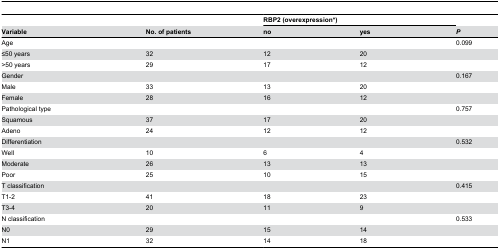
<table><thead><tr><td colspan="2">[EMPTY_CELL]</td><td colspan="2"><b>RBP2 (overexpression*)</b></td><td>[EMPTY_CELL]</td></tr><tr><td><b>Variable</b></td><td><b>No. of patients</b></td><td><b>no</b></td><td><b>yes</b></td><td><b><i>P</i></b></td></tr></thead><tbody><tr><td>Age</td><td colspan="3">[EMPTY_CELL]</td><td>0.099</td></tr><tr><td>≤50 years</td><td>32</td><td>12</td><td>20</td><td>[EMPTY_CELL]</td></tr><tr><td>&gt;50 years</td><td>29</td><td>17</td><td>12</td><td>[EMPTY_CELL]</td></tr><tr><td>Gender</td><td>[EMPTY_CELL]</td><td>[EMPTY_CELL]</td><td>[EMPTY_CELL]</td><td>0.167</td></tr><tr><td>Male</td><td>33</td><td>13</td><td>20</td><td>[EMPTY_CELL]</td></tr><tr><td>Female</td><td>28</td><td>16</td><td>12</td><td>[EMPTY_CELL]</td></tr><tr><td>Pathological type</td><td>[EMPTY_CELL]</td><td>[EMPTY_CELL]</td><td>[EMPTY_CELL]</td><td>0.757</td></tr><tr><td>Squamous</td><td>37</td><td>17</td><td>20</td><td>[EMPTY_CELL]</td></tr><tr><td>Adeno</td><td>24</td><td>12</td><td>12</td><td>[EMPTY_CELL]</td></tr><tr><td>Differentiation</td><td>[EMPTY_CELL]</td><td>[EMPTY_CELL]</td><td>[EMPTY_CELL]</td><td>0.532</td></tr><tr><td>Well</td><td>10</td><td>6</td><td>4</td><td>[EMPTY_CELL]</td></tr><tr><td>Moderate</td><td>26</td><td>13</td><td>13</td><td>[EMPTY_CELL]</td></tr><tr><td>Poor</td><td>25</td><td>10</td><td>15</td><td>[EMPTY_CELL]</td></tr><tr><td>T classification</td><td>[EMPTY_CELL]</td><td>[EMPTY_CELL]</td><td>[EMPTY_CELL]</td><td>0.415</td></tr><tr><td>T1-2</td><td>41</td><td>18</td><td>23</td><td>[EMPTY_CELL]</td></tr><tr><td>T3-4</td><td>20</td><td>11</td><td>9</td><td>[EMPTY_CELL]</td></tr><tr><td>N classification</td><td>[EMPTY_CELL]</td><td>[EMPTY_CELL]</td><td>[EMPTY_CELL]</td><td>0.533</td></tr><tr><td>N0</td><td>29</td><td>15</td><td>14</td><td>[EMPTY_CELL]</td></tr><tr><td>N1</td><td>32</td><td>14</td><td>18</td><td>[EMPTY_CELL]</td></tr></tbody></table>